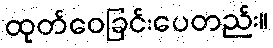
ထုတ်ဝေခြင်းပေတည်း။